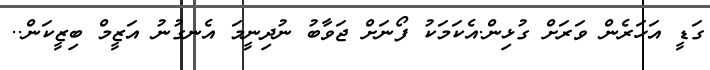
ގަޑީ އަހަރެން ވަރަށް ގުޅިން.އެކަމަކު ފޯނަށް ޖަވާބު ނުދިނީމަ އެނގުނު އަޒީމް ބިޒީކަން..